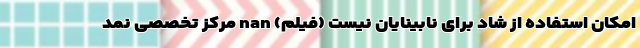
امکان استفاده از شاد برای نابینایان نیست (فیلم) nan مرکز تخصصی نمد